Scottish Leaving Certificate Examination, 1952
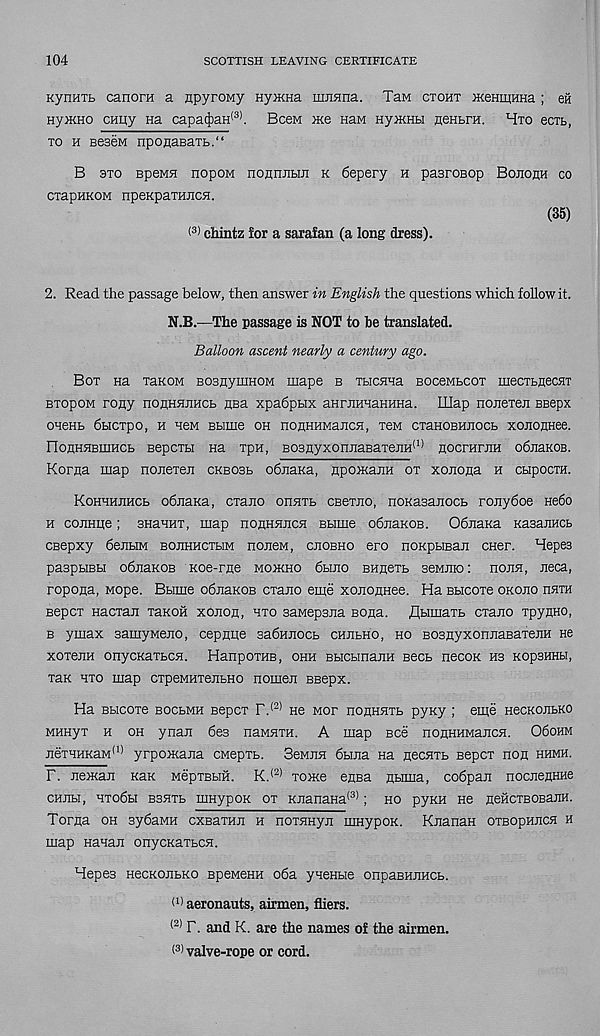
104
SCOTTISH LEAVING CERTIFICATE
KynHTb canora a npyroMy HyiKHa Huinna. TaM ctoht iKenmuHa ; eft
HyiKHO cHiiy Ha capa(|)aH (3) . Been >Ke HaM nyikhh HeHtra. Hto ectb,
to h eeseM nponaBaTb.“
B 3to BpeMH nopoM hohiihbiji k 6epery h pasroBop Bojioah co
CTapHKOM npeKpaTHJicH.
< 3) chintz for a sarafan (a long dress).
(35)
2. Read the passage below, then answer in English the questions which follow it.
N.B.—The passage is NOT to be translated.
Balloon ascent nearly a century ago.
Bot na TaKOM BosnymHOM iiiape b Tucsm BOceMbcoT mecTbHecsiT
BTopoM rony noHHHEHCb nsa xpabpbix anmHuaHHHa. LUap noneTen BBepx
OHeHb dbicxpo, H H6M BblHie OH HOHHHMaJICH, T6M CTaHOBHJIOCb XOEOEHee.
noHHHBiHHCb BepcTbi Ha TpH, BOBHyxonjiaBaTejiH^1^ EOcrarnH obnaKOB.
Korna map noneTen ckbosb obnaKa, npomauH ot xonojia h cbipociH.
KoHHHiiHCb obnaKa, CTano onnib cseTEO, noKasanocb ronyboe nebo
h cojiHiie; BHauHT, map hohhhech Bbime obnaKOB. ObnaKa Kasaimcb
csepxy beiibiM bojihhctbim noneM, cjiobho ero noKpbiBan cner. Hepea
paspbiBbi obnaKOB Koe-rfle moikho bbino BHHeTb seMitio: hojih, neca,
ropojia, Mope. Bbime obnaKOB cTano eme xojioiiHee. Ha Bbicoxe okojio hath
BepcT Hacxaji xaKOH xonon, hto BawepBira sona. flbimaTb cxaito xpyHHO,
b ymax aarnyMeno, cepmie sabHiiocb chjibho, ho BOBnyxonJiaBaTeiiH ne
xoxejiH onycKaTbcsi. HanpoxHB, ohh BbicbinanH Becb necox hb kopbhhh,
Tax hto map CTpeMHTenbHO nomen BBepx.
Ha Bbicoxe bocbmh sepex r. <2) He mot nouHHTb pyxy ; eme necKOJibKO
MHHyx h oh yuan bes naMHTH. A map Bee noHHHMancsi. OboHM
neTHHEaM 1 " yrpomana CMepxb. SeMiiH 6bma Ha secHTb Bepcx non hhmh.
F. JieiKaii Kan MepxBbiH. K. (2) xome ensa nbima, cobpaii nocneiiHHe
chjih, Hxobbi bshtb mnypoK ox KnanaHa (3) ; ho pyKH He HeftcTBOBaiiH.
Toma oh sybaMH cxsaxHii h noxHHyn mnypoK. KnanaH oxBopHECH h
map Hanaji onycKaxbCH.
Hepes HecKOEbKO BpeMeHH oba yneHbie onpasHiiHCb.
(1) aeronauts, airmen, fliers.
(2) F. and K. are the names of the airmen.
( 3 ) valve-rope or cord.